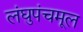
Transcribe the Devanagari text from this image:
लंघुपंचमूल